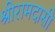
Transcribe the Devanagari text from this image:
श्रीरामदासी